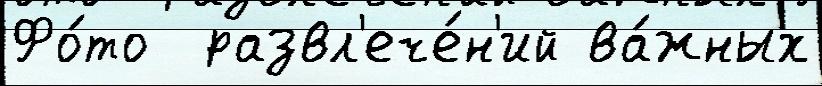
Фо́то  развл'ече́н'ий ва́жных